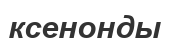
ксенонды